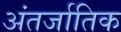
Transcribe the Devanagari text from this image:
अंतर्जातिक